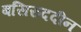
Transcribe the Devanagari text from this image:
बसिरुददीन